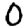
Digit: 0